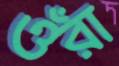
ওঁরা